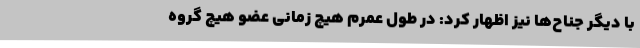
با دیگر جناح‌ها نیز اظهار کرد: در طول عمرم هیچ زمانی عضو هیچ گروه